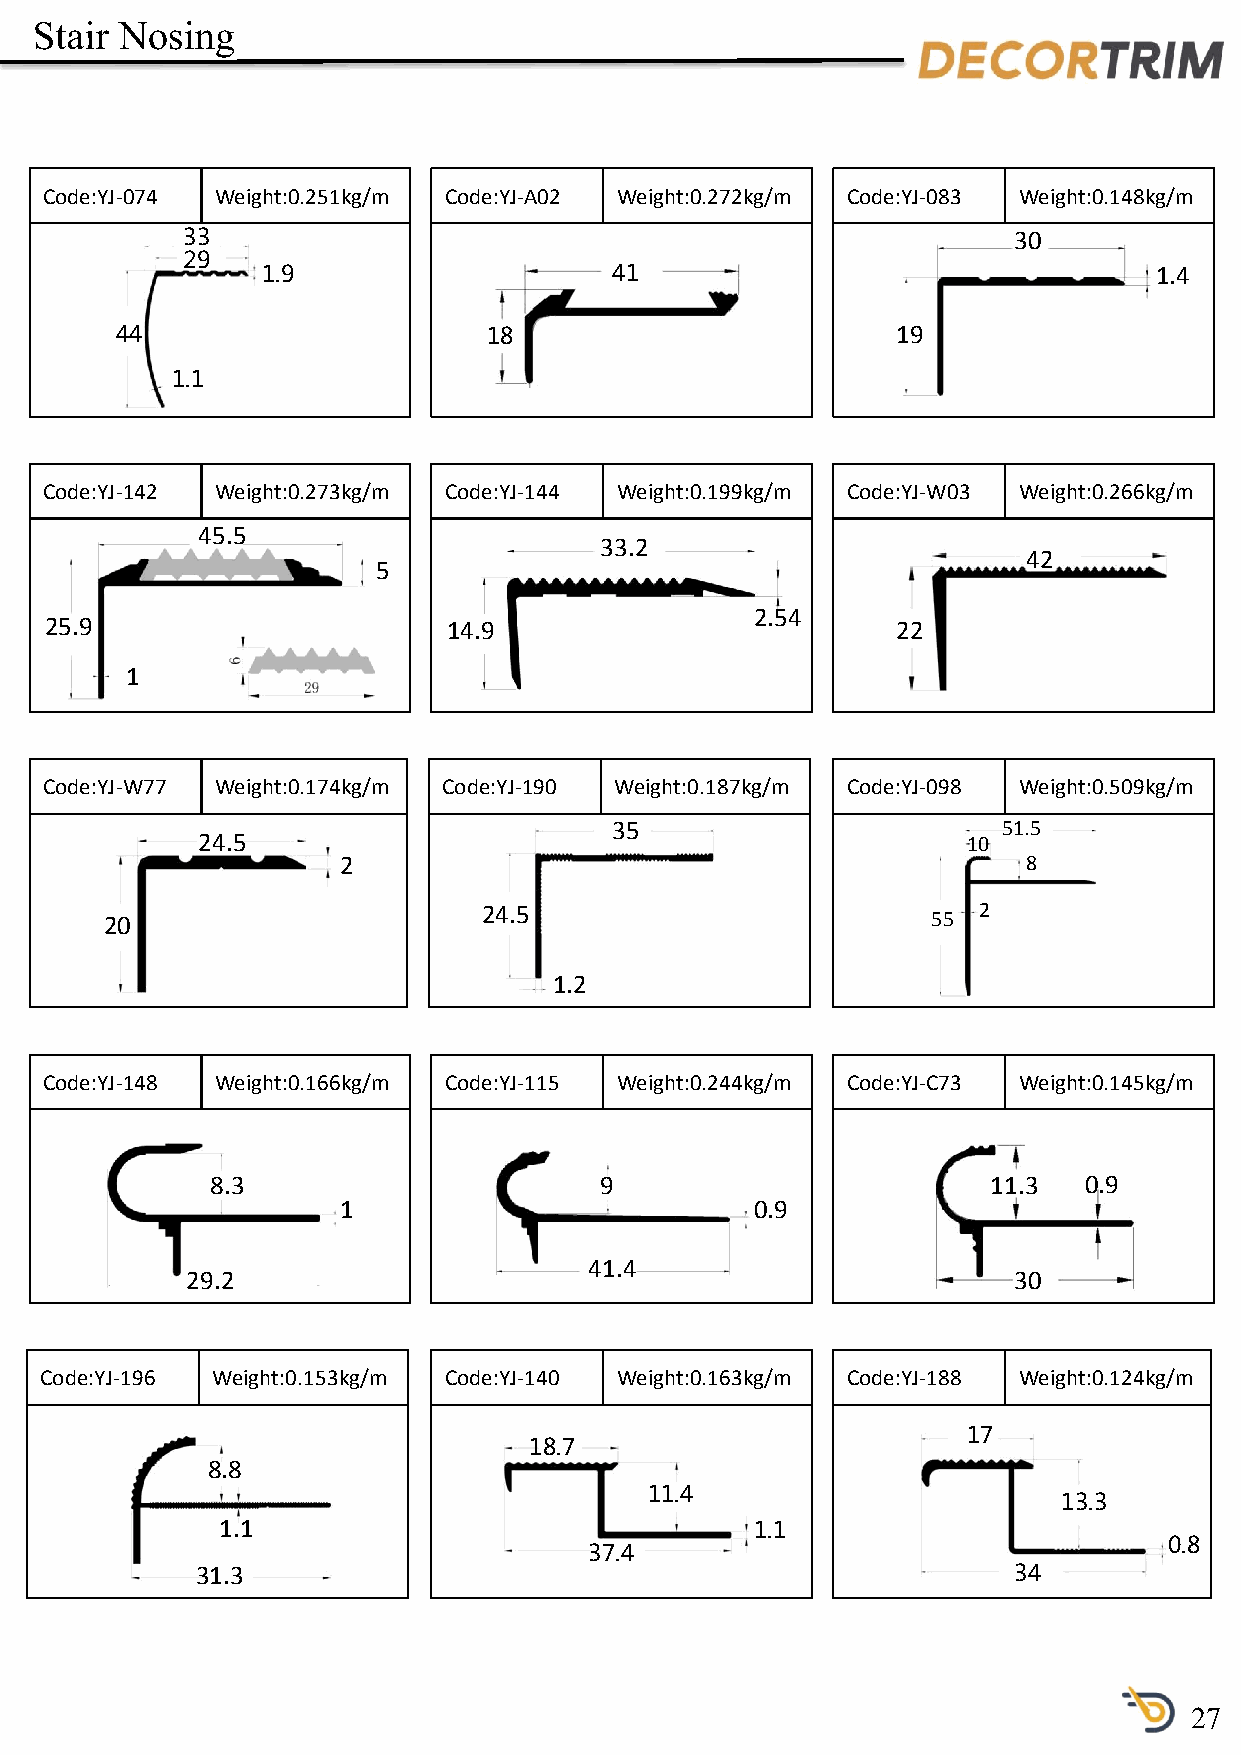
Stair Nosing
 Code:YJ-074 Weight:0.251kg/m Code:YJ-A02 Weight:0.272kg/m Code:YJ-083 Weight:0.148kg/m
 33                                                     30
 29
 1.9                    41                                  1.4
 44                      18                         19
 1.1
 Code:YJ-142 Weight:0.273kg/m Code:YJ-144 Weight:0.199kg/m Code:YJ-W03 Weight:0.266kg/m
 45.5
 33.2
 42
 5
 2.54
 25.9                       14.9                         22
 1
 Code:YJ-W77 Weight:0.174kg/m Code:YJ-190 Weight:0.187kg/m Code:YJ-098 Weight:0.509kg/m
 35                        51.5
 24.5                                               10
 2                                            8
 24.5                             2
 20                                                     55
 1.2
 Code:YJ-148 Weight:0.166kg/m Code:YJ-115 Weight:0.244kg/m Code:YJ-C73 Weight:0.145kg/m
 8.3                       9                         11.3  0.9
 1                          0.9
 41.4
 29.2                                                   30
 Code:YJ-196 Weight:0.153kg/m Code:YJ-140 Weight:0.163kg/m Code:YJ-188 Weight:0.124kg/m
 17
 18.7
 8.8
 11.4
 13.3
 1.1                                1.1
 0.8
 37.4
 31.3                                                  34
 27